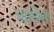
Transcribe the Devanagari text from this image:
चंद्रस्थित